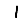
Digit: 1